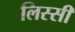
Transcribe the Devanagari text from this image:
लिस्सी